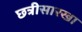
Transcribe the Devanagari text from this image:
छत्रीसारखा